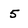
Character: 5